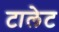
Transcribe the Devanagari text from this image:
टालेट